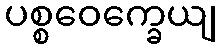
ပစ္စဝေက္ခေယျ